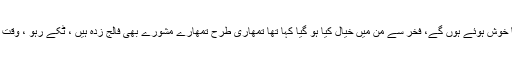
عمران خان صاحب اولذکر شکست پر کتنا خوش ہوئے ہوں گے، فخر سے من میں خیال کیا ہو گیا کہا تھا تمھاری طرح تمھارے مشورے بھی فالج زدہ ہیں ، ٹکے رہو ، وقت آنے پر کوی وزارت وغیرہ دے دیں گے۔